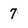
Character: 7